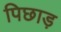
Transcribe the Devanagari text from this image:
पिछाड़